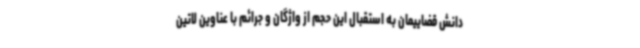
دانش قضاییمان به استقبال این حجم از واژگان و جرائم با عناوین لاتین